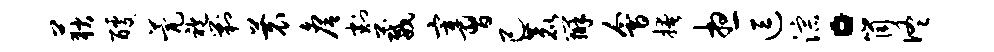
荻醵甍袍剿蓑詹割葳宰习己鹿辨会掩想逗淙。筒佟